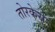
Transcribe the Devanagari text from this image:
तोरकेस